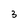
Character: 3